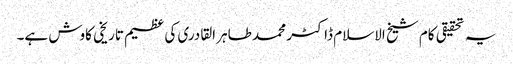
یہ تحقیقی کام شیخ الاسلام ڈاکٹر محمد طاہر القادری کی عظیم تاریخی کاوش ہے۔